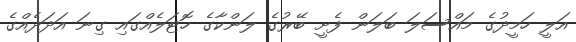
އަލީ ހަމީދުގެ މައްސަލަ ބަލަން ފެށީ ބޭރުގެ ލަންކާގެ ހޮޓަލެއްގައި ގިނަ އަދަދެއްގެ